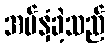
အပ်နှံခဲ့သည်